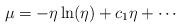
LaTeX: \begin{align*}\protect\mu = -\eta \ln (\eta) + c_1 \eta + \cdots\end{align*}